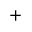
^ +